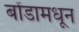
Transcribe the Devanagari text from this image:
बोंडामधून